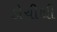
કોચીથી